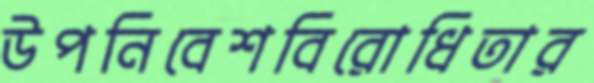
উপনিবেশবিরোধিতার